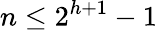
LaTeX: n\leq 2^{h+1}-1